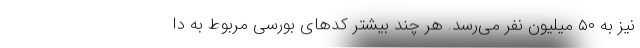
نیز به ۵۰ میلیون نفر می‌رسد. هر چند بیشتر کدهای بورسی مربوط به دا